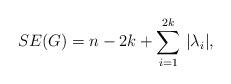
LaTeX: \begin{align*} SE(G)=n-2k+\sum\limits^{2k}_{i=1}\,|\lambda_i|,\end{align*}